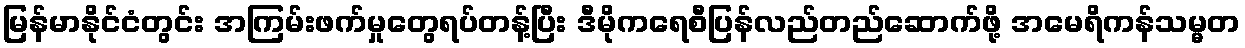
မြန်မာနိုင်ငံတွင်း အကြမ်းဖက်မှုတွေရပ်တန့်ပြီး ဒီမိုကရေစီပြန်လည်တည်ဆောက်ဖို့ အမေရိကန်သမ္မတ